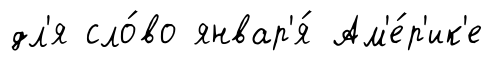
дл'я сло́во январ'я́ Ам'е́р'ик'е